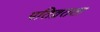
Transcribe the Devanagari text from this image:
पतिव्रतता